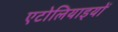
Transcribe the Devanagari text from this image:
एटोलियाइयों